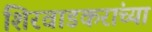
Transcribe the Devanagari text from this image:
शिरवाडकरांच्या